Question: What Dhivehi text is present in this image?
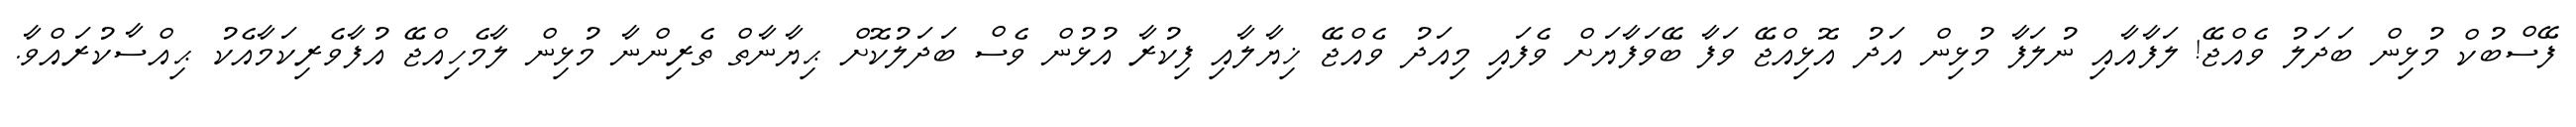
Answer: ފޭސްބުކް މުޅިން ބަދަލު ވެއްޖޭ! ލަފާއާއި ނުލަފާ މުޅިން އަދު އޮޅިއްޖޭ ވަފާ ބޭވަފާޔަށް ވެފައި މިއަދު ވެއްޖޭ ޚިޔާލާއި ފިކުރާ އުޅުން ވެސް ބަދަލުކޮށް ޙިޔާނާތް ތެރިންނާ މުޅިން ލާމެހިއްޖޭ އުފާވެރިކަމާއެކު ޙިއްސާކުރައްވާ.